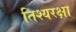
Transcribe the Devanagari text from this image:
तिश्यरक्षा